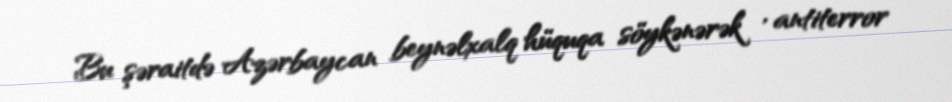
Bu şəraitdə Azərbaycan beynəlxalq hüquqa söykənərək , antiterror